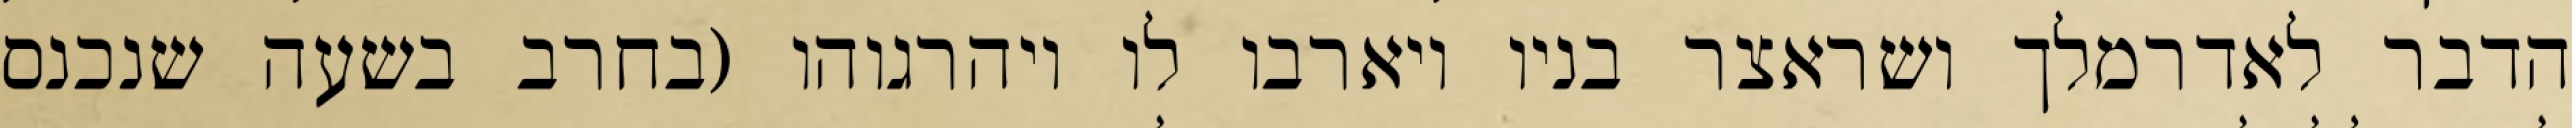
הדבר לאדרמלך ושראצר בניו ויארבו לו ויהרגוהו (בחרב בשעה שנכנס